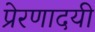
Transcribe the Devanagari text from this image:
प्रेरणादयी